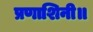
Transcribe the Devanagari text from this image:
प्रणाशिनी॥